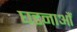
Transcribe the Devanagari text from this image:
घटनाऔं